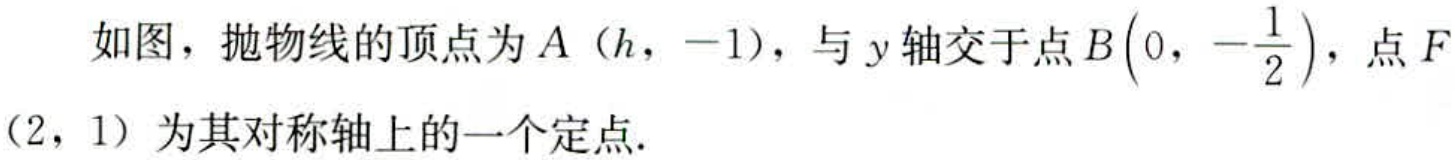
如图，抛物线的顶点为\(A（h，-1）\)，与\(y\)轴交于点\(B\left(0，-\dfrac{1}{2}\right)\)，点\(F(2，1)\)为其对称轴上的一个定点.